画像に写った文字を読んでください
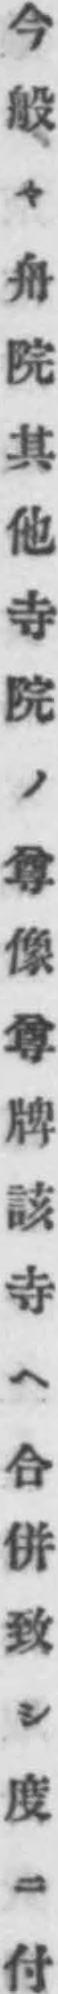
「今般々舟院其他寺院ノ尊像尊牌該寺ヘ合併致シ度ニ付」と書いてあります